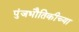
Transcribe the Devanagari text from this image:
पुंजभौतिकीच्या